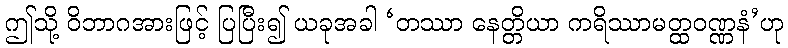
ဤသို့ ဝိဘာဂအားဖြင့် ပြပြီး၍ ယခုအခါ ‘တဿာ နေတ္တိယာ ကရိဿာမတ္ထဝဏ္ဏနံ’ဟု